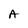
Character: A